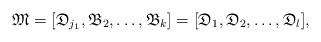
LaTeX: \begin{align*}\mathfrak{M} = [\mathfrak{D}_{j_1}, \mathfrak{B}_{2}, \dots, \mathfrak{B}_{k}] = [\mathfrak{D}_{1}, \mathfrak{D}_{2}, \dots, \mathfrak{D}_{l}],\end{align*}